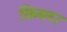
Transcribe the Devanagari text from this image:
किब्लर